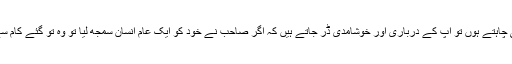
اگر آپ کچھ دیر کے لیے ایک فانی اور گناہگار انسان بن کر سوچنا بھی چاہتے ہوں تو آپ کے درباری اور خوشامدی ڈر جاتے ہیں کہ اگر صاحب نے خود کو ایک عام انسان سمجھ لیا تو وہ تو گئے کام سے‘ لہٰذا وہ آپ کو اس فرضی جنت میں دوبارہ گھسیٹ کر لے جاتے ہیں۔